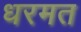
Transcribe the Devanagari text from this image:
धरमत